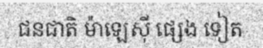
ជនជាតិ ម៉ាឡេស៊ី ផ្សេង ទៀត